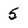
Character: 5